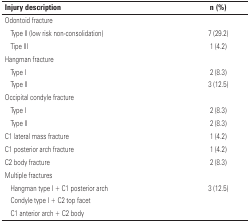
<table><thead><tr><td><b>Injury description</b></td><td><b>n (%)</b></td></tr></thead><tbody><tr><td>Odontoid fracture</td><td> </td></tr><tr><td>Type II (low risk non-consolidation)</td><td>7 (29.2)</td></tr><tr><td>Tipe III</td><td>1 (4.2)</td></tr><tr><td>Hangman fracture</td><td> </td></tr><tr><td>Type I</td><td>2 (8.3)</td></tr><tr><td>Type II</td><td>3 (12.5)</td></tr><tr><td>Occipital condyle fracture</td><td> </td></tr><tr><td>Type I</td><td>2 (8.3)</td></tr><tr><td>Type II</td><td>2 (8.3)</td></tr><tr><td>C1 lateral mass fracture</td><td>1 (4.2)</td></tr><tr><td>C1 posterior arch fracture</td><td>1 (4.2)</td></tr><tr><td>C2 body fracture</td><td>2 (8.3)</td></tr><tr><td>Multiple fractures</td><td> </td></tr><tr><td>Hangman type I + C1 posterior arch</td><td rowspan="3">3 (12.5)</td></tr><tr><td>Condyle type I + C2 top facet</td></tr><tr><td>C1 anterior arch + C2 body</td></tr></tbody></table>